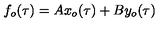
f _ { o } ( \tau ) = A x _ { o } ( \tau ) + B y _ { o } ( \tau )